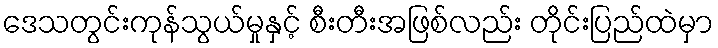
ဒေသတွင်းကုန်သွယ်မှုနှင့် စီးတီးအဖြစ်လည်း တိုင်းပြည်ထဲမှာ